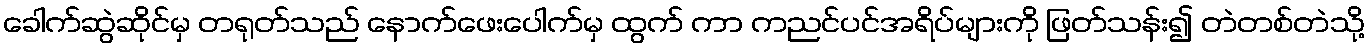
ခေါက်ဆွဲဆိုင်မှ တရုတ်သည် နောက်ဖေးပေါက်မှ ထွက် ကာ ကညင်ပင်အရိပ်များကို ဖြတ်သန်း၍ တဲတစ်တဲသို့